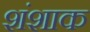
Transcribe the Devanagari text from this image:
शंशाक